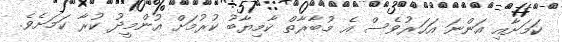
ކަމަށާއި އަންނަ އަހަރުވެސް އެ މުބާރާތް ކާމިޔާބު ކުރުމަށް އުންމީދު ކުރާ ކަމަށެވެ.